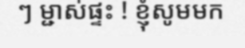
ៗ ម្ជាស់ផ្ទះ ! ខ្ញុំសូមមក